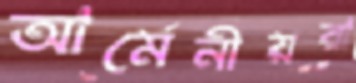
আর্মেনীয়রা